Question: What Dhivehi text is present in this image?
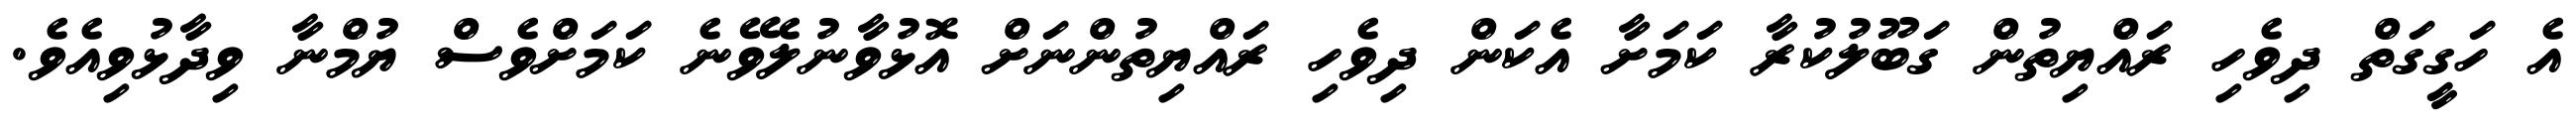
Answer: އެ ހަގީގަތް ދިވެހި ރައްޔިތުން ގަބޫލުކުރާ ކަމަށާ އެކަން ދިވެހި ރައްޔިތުންނަށް އޮޅުވާނުލެވޭނެ ކަމަށްވެސް ޔުމްނާ ވިދާޅުވިއެވެ.